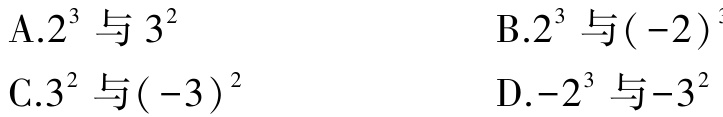
A.$2^{3}$与$3^{2}$
B.$2^{3}$与$(-2)^{3}$
C.$3^{2}$与$(-3)^{2}$
D.$-2^{3}$与$-3^{2}$